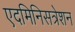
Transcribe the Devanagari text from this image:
एदमिनिसत्रेशन